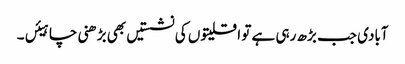
آبادی جب بڑھ رہی ہے تو اقلیتوں کی نشستیں بھی بڑھنی چاہیئں۔